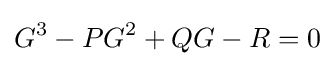
G^{3}-PG^{2}+QG-R=0